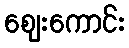
ဈေးကောင်း